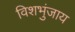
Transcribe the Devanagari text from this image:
विशभुंजाय